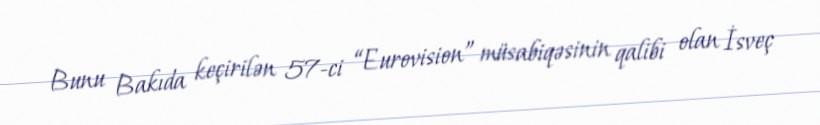
Bunu Bakıda keçirilən 57-ci “Eurovision” müsabiqəsinin qalibi olan İsveç